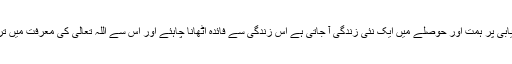
قاعدہ ہے کہ کامیابی پر ہمت اور حوصلے میں ایک نئی زندگی آ جاتی ہے اس زندگی سے فائدہ اٹھانا چاہئے اور اس سے اللہ تعالیٰ کی معرفت میں ترقی کرنی چاہئے۔